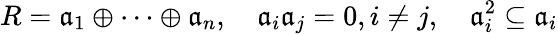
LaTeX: R={\mathfrak{a}}_{1}\oplus\cdots\oplus{\mathfrak{a}}_{n},\quad{\mathfrak{a}}_{i}{\mathfrak{a}}_{j}=0,i\neq j,\quad{\mathfrak{a}}_{i}^{2}\subseteq{\mathfrak{a}}_{i}